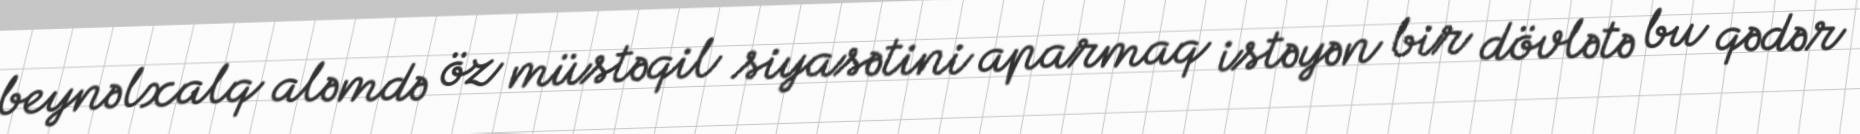
beynəlxalq aləmdə öz müstəqil siyasətini aparmaq istəyən bir dövlətə bu qədər